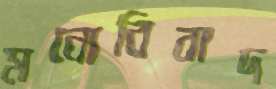
মনোবিবাদ